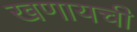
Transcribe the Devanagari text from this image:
खणायची